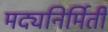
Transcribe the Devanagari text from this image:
मद्यनिर्मिती